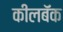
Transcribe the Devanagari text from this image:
कीलबॅक